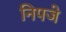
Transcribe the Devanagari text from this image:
निपजे